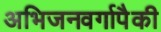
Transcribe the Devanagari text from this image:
अभिजनवर्गापैकी